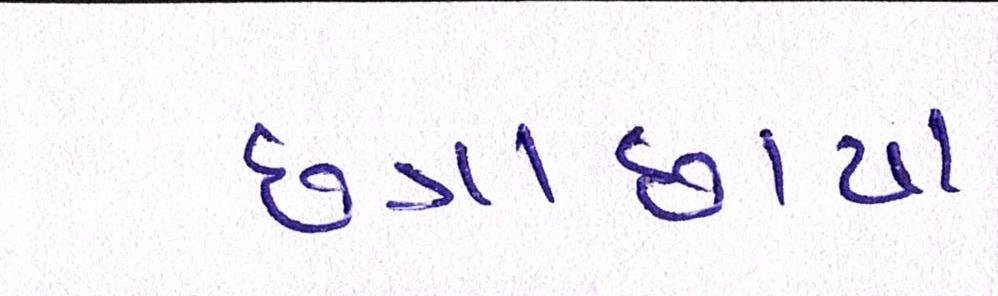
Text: છત્રાછાયા